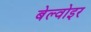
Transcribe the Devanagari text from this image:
बेल्वोइर